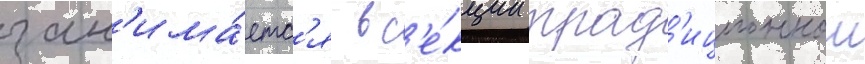
зан'има́етс'я в с'е́кции трад'иционнои